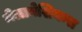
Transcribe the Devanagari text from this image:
मेलानेशियन्स